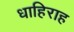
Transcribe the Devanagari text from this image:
धाहिराह